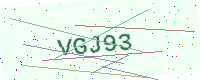
Text: VGJ93